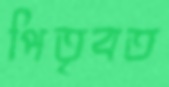
পিতৃবত